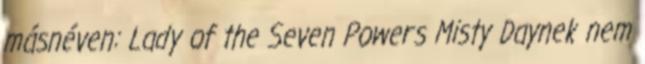
másnéven: Lady of the Seven Powers Misty Daynek nem